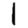
Digit: 1